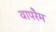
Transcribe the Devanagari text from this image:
वापरैम